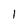
Character: 1